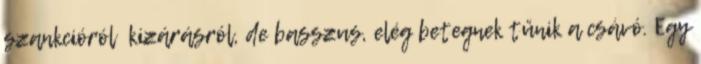
szankcióról kizárásról, de basszus, elég betegnek tűnik a csávó. Egy